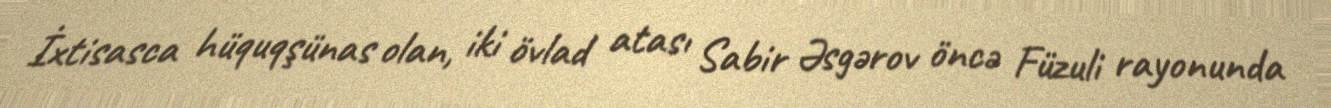
İxtisasca hüquqşünas olan, iki övlad atası Sabir Əsgərov öncə Füzuli rayonunda